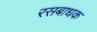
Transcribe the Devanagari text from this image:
रसबाधक